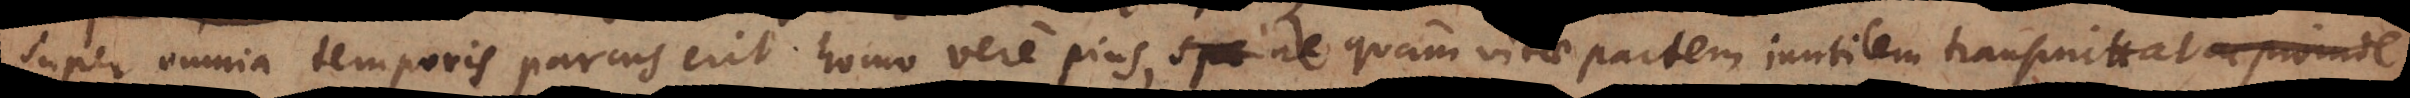
super omnia temporis parcus erit homo vere pius, ne quam vitae partem inutilem transmitt